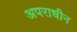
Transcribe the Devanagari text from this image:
अपराधीन